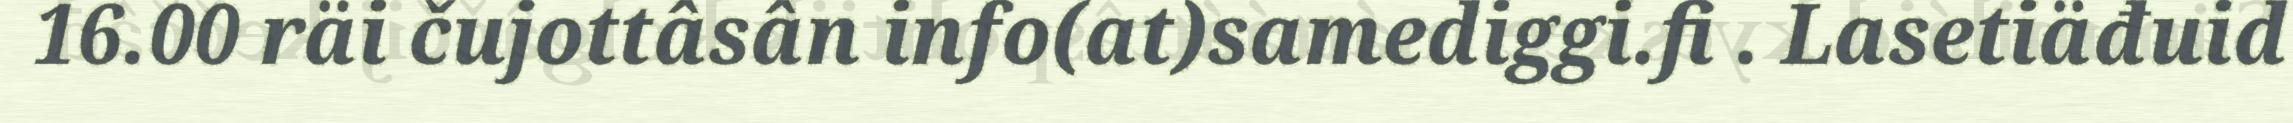
16.00 räi čujottâsân info(at)samediggi.fi . Lasetiäđuid